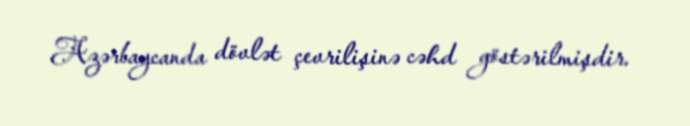
Azərbaycanda dövlət çevrilişinə cəhd göstərilmişdir.